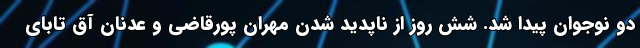
دو نوجوان پیدا شد. شش روز از ناپدید شدن مهران پورقاضی و عدنان آق تابای